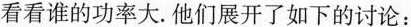
看看谁的功率大。他们展开了如下的讨论：